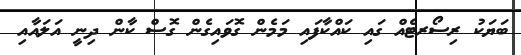
ބަޔަކު ރިސޯރޓެއް ގައި ކައްކާފައި މަމެން ގޮވައިގެން ގޮސް ކާން ދިނީ އަލައާއި